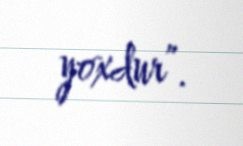
yoxdur”.